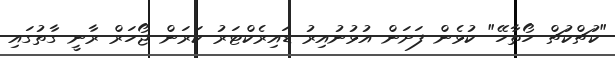
"ކުޗްކުޗް ހޯތާހޭ" ކުޅެން ފަށަން އުޅުނުއިރު ޑައިރެކްޓަރު ކަރަން ޖޯހަރް ރާނީ ގާތުގައި